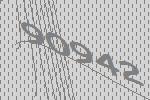
90942